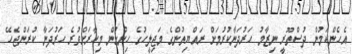
އެހެންކަމުން ދުސްތޫރީ ނިޒާމު ހަރުދަނާކުރުމަށް ރައްޔިތުންގެ މަޖިލީހުގެ ހިންގުން މިހާރަށްވުރެ ހަރުދަނާ ކުރަންޖެހޭ